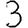
Digit: 3